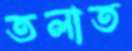
তলাত